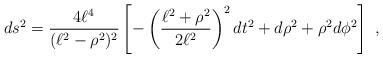
LaTeX: \begin{align*}ds^2 = \frac{4\ell^4}{(\ell^2 -\rho^2)^2} \left[ -\left( \frac{\ell^2 + \rho^2}{2 \ell^2} \right)^2 dt^2 + d\rho^2 + \rho^2 d \phi^2 \right] \ ,\end{align*}